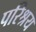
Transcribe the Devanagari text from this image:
परिश्रय